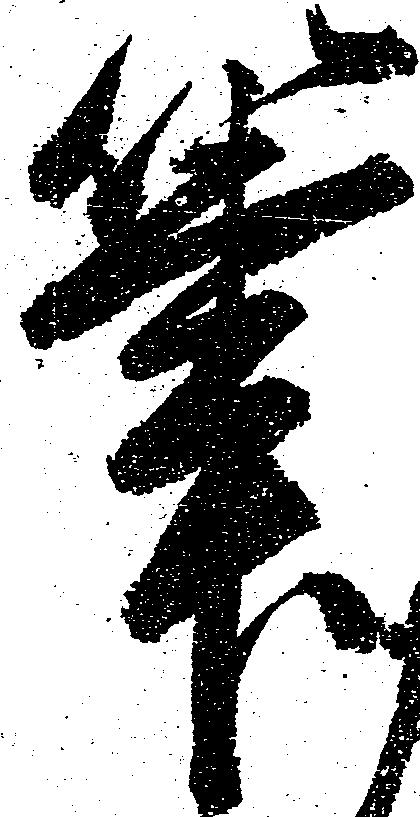
筆